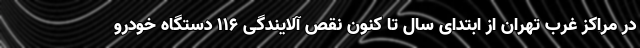
در مراکز غرب تهران از ابتدای سال تا کنون نقص آلایندگی ۱۱۶ دستگاه خودرو